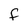
Character: f